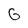
Character: G